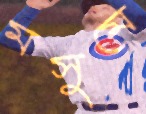
মসুমে